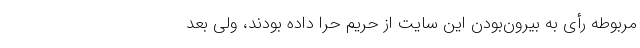
مربوطه رأی به بیرون‌بودن این سایت از حریم حرا داده بودند، ولی بعد